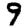
Digit: 9